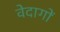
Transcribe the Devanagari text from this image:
वेदागों